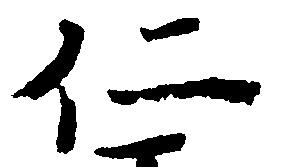
仁